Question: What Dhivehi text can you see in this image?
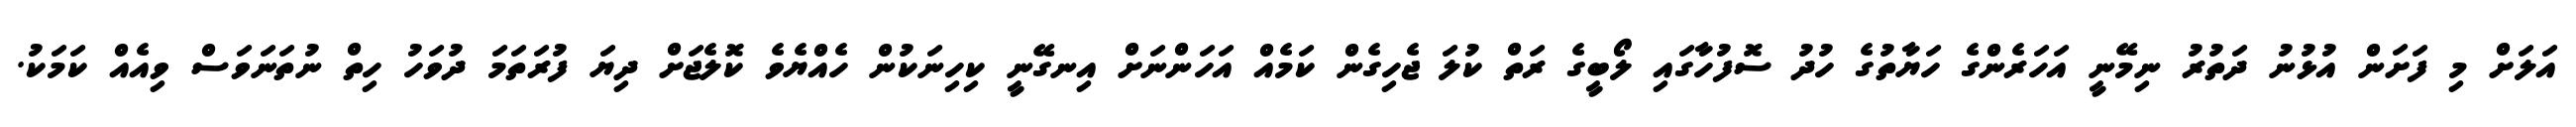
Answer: އަލަށް މި ފަށަން އުޅުނު ދަތުރު ނިމޭނީ އަހަރެންގެ ހަޔާތުގެ ހުދު ސޮފުހާގައި ލޯބީގެ ރަތް ކުލަ ޖެހިގެން ކަމެއް އަހަންނަށް އިނގޭނީ ކިހިނަކުން ހެއްޔެވެ ކޮލެޖަށް ދިޔަ ފުރަތަމަ ދުވަހު ހިތް ނުތަނަވަސް ވިއެއް ކަމަކު.